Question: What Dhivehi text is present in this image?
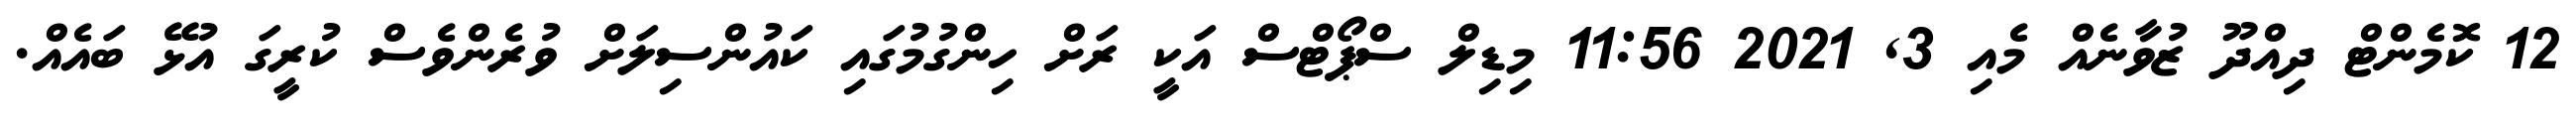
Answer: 12 ކޮމެންޓް ދިއްދޫ ޒުވާނެއް މެއި 3, 2021 11:56 މިޑިލް ސްޕޯޓްސް އަކީ ރަށް ހިންގުމުގައި ކައުންސިލަށް ވުރެންވެސް ކުރީގަ އުޅޭ ބައެއް.